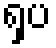
ရှပ